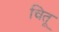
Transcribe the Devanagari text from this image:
चितू